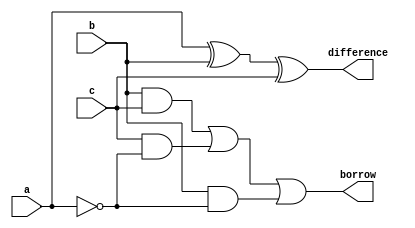
///////////////////////////////////////////
/// Design  : Full Subtractor
/// College	: Anna University, MIT campus
///////////////////////////////////////////

module Full_Subtractor(a,b,c,difference,borrow);
input a,b,c;
output difference,borrow;
wire b1,b2,b3;
xor x1(difference,a,b,c);
and a1(b1,b,c);
and a2(b2,c,(~a));
and a3(b3,b,(~a));
or o1(borrow,b1,b2,b3);
endmodule